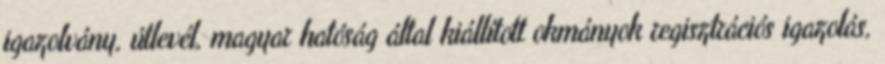
igazolvány, útlevél, magyar hatóság által kiállított okmányok regisztrációs igazolás,